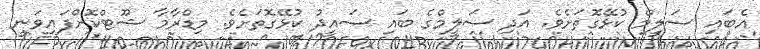
އެބައި ސަލީމް ކުޅޭގޮތަށެވެ. އަދި ސަލީމްގެ ބައި ސައީދު ކުޅޭގޮތަށެވެ. މިޑްރާމާ ޝޫޓްކޮށްފައިވަނީ